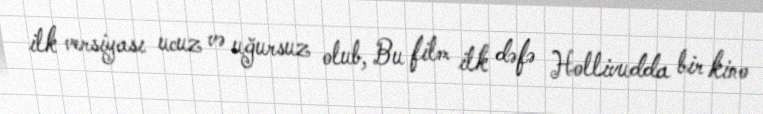
ilk versiyası ucuz və uğursuz olub, Bu film ilk dəfə Hollivudda bir kino